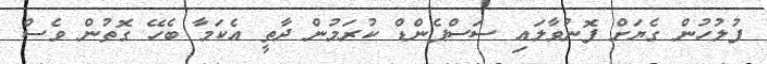
ފުލުހުން ގެޔަށް ފޮނުވާލައި ސަސްޕެންޑް ކުރަމުން ދާތީ އެކަމާ ބެހޭ ގޮތުން ވެސް